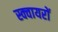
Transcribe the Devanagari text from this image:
स्क्वायरों